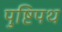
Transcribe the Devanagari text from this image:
पुष्टिपथ